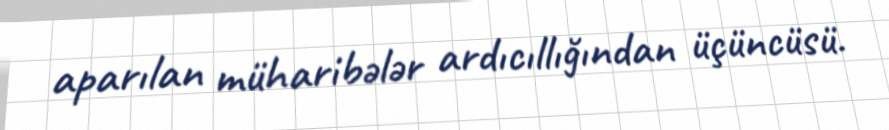
aparılan müharibələr ardıcıllığından üçüncüsü.